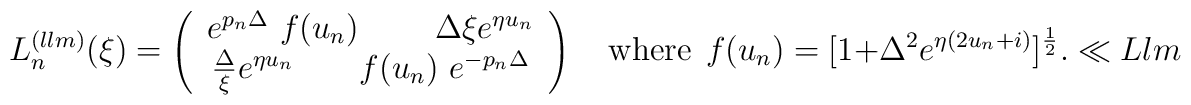
L_{n}^{(llm)}(\xi)  = \left( \begin{array}{c}   e^{p_n \Delta }~f(u_n)~ \qquad  {\Delta}{\xi}e^{\eta u_n} \\ \frac{\Delta}{\xi}e^{\eta u_n}   \qquad f(u_n)~  e^{-p_n \Delta }    \end{array} \right) \quad \mbox {where} \ \ f(u_n)=[     1 + {\Delta^2} e^{\eta(2u_n+i)}  ]^{{1 \over 2}}.\ll{Llm}